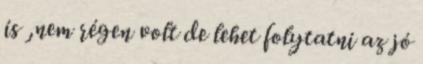
is ,nem régen volt de lehet folytatni az jó